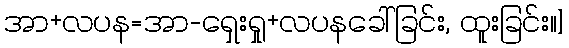
အာ+လပန=အာ-ရှေးရှု+လပနခေါ်ခြင်း, ထူးခြင်း။]